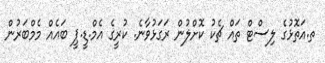
ތ.އަތޮޅުގެ ލިސްޓް ތައް ޗެކު ކޮށްލުން ރަގަޅުވާނެ. ކުރީގެ އެމް.ޑީ.ޕީ ބައެއް މެމްބަރުން